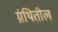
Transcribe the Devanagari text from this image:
ग्रंथितील